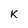
Character: K